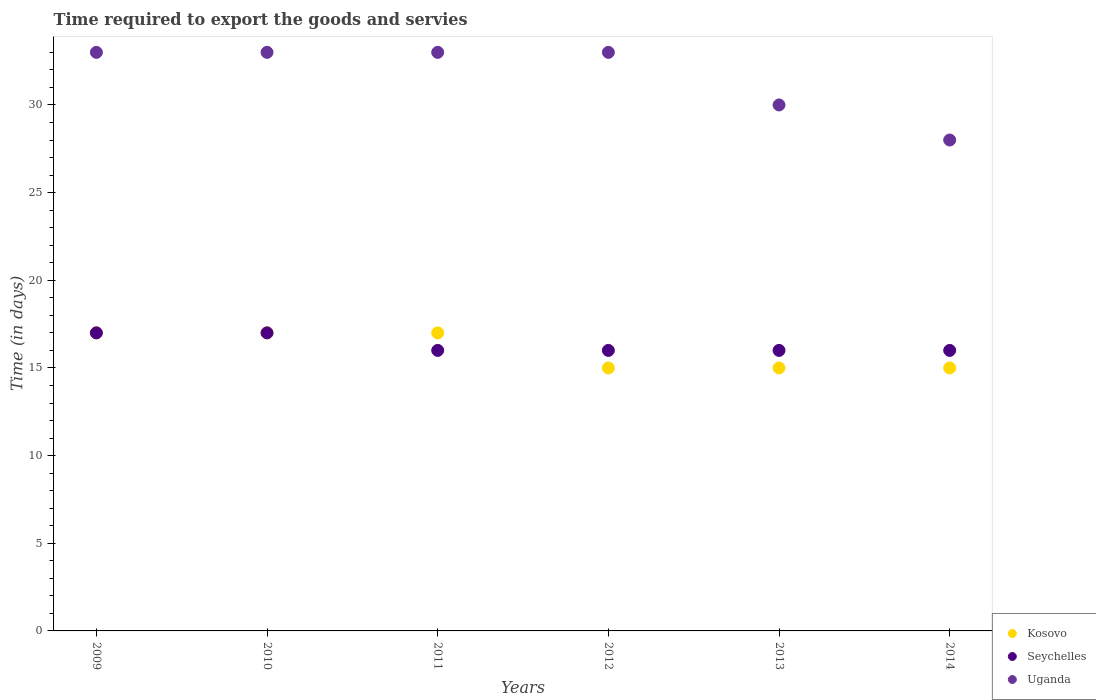
| Years | Kosovo | Seychelles | Uganda |
 | --- | --- | --- | --- |
 | 2009 | 17 | 17 | 33 |
 | 2010 | 17 | 17 | 33 |
 | 2011 | 17 | 16 | 33 |
 | 2012 | 15 | 16 | 33 |
 | 2013 | 15 | 16 | 30 |
 | 2014 | 15 | 16 | 28 |